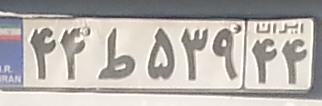
۴۴ط۵۳۹۴۴